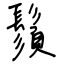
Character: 鬚